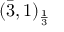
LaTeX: ( { \bar { 3 } } , 1 ) _ { \frac { 1 } { 3 } }